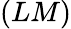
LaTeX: (LM)